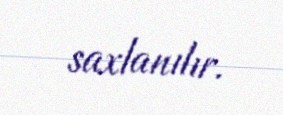
saxlanılır.